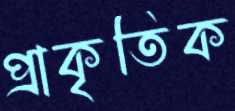
প্রাকৃতিক